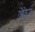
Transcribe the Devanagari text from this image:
ओरेज